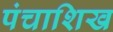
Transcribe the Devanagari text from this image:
पंचाशिख